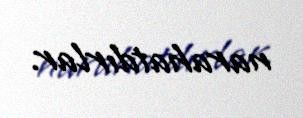
narahatdırlar.